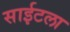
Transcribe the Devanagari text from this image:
साईटला